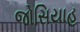
જોસિયાહ